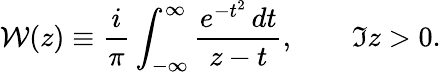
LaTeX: \mathcal{W}(z)\equiv\frac{i}{\pi}\int_{-\infty}^{\infty}\frac{e^{-t^{2}}\, dt}{z-t},\qquad\Im z>0.